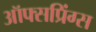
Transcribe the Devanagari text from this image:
ऑफ्सप्रिंग्स